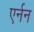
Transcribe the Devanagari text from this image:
एर्नन